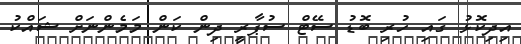
އިދިކޮޅު ގައި ހުރި ބޮޑު ސޭޓް ސުޕާރީ ދިން ކަން މަމެންނަށް ޝައްކު